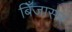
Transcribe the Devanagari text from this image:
बिँजासर